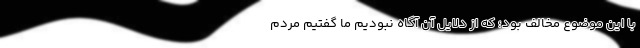
با این موضوع مخالف بود؛ که از دلایل آن آگاه نبودیم ما گفتیم مردم